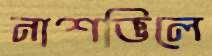
নাশভিলে